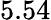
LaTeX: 5.54